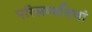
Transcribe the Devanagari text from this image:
परिसम्पत्तियां